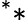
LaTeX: ^**